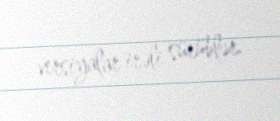
versiyalar irəli sürüblər.